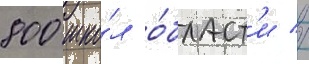
800 шко́л о́бласт'и //